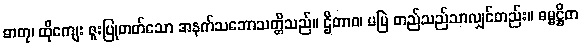
ဓာတု၊ ထိုကျေး ဇူးပြုတတ်သော အနက်သဘောသတ္တိသည်။ ဌိတာဝ၊ မမြဲ တည်သည်သာလျှင်တည်း။ ဓမ္မဋ္ဌိတ